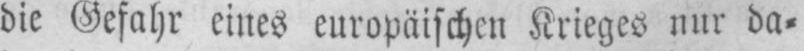
die Gefahr eines europäischen Krieges nur da⸗